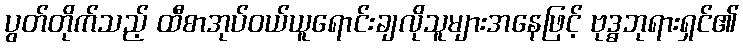
ပွတ်တိုက်သည့် ထီစာအုပ်ဝယ်ယူရောင်းချလိုသူများအနေဖြင့် ဗုဒ္ဓဘုရားရှင်၏